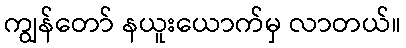
ကျွန်တော် နယူးယောက်မှ လာတယ်။